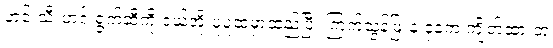
ဟင်းသီးဟင်းရွက်ဆီကို ဒယ်အိုးပူပူထဲမှာထည့်ပြီး ကြက်သွန်ဖြူနဲ့ ခုနက ကျိတ်ထားတဲ့